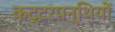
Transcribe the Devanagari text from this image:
कट्टरपन्थियों